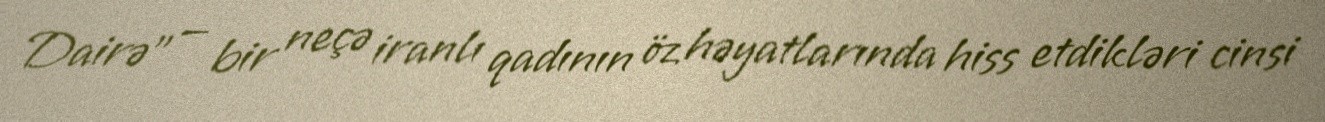
Dairə" — bir neçə iranlı qadının öz həyatlarında hiss etdikləri cinsi